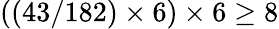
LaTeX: ((43/182)\times 6)\times 6\geq 8